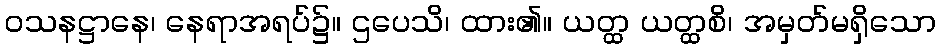
ဝသနဋ္ဌာနေ၊ နေရာအရပ်၌။ ဌပေသိ၊ ထား၏။ ယတ္ထ ယတ္ထစိ၊ အမှတ်မရှိသော